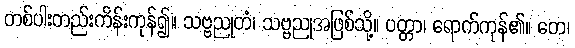
တစ်ပါးတည်းကိန်းကုန်၍။ သဗ္ဗညုတံ၊ သဗ္ဗညုအဖြစ်သို့။ ပတ္တာ၊ ရောက်ကုန်၏။ တေ၊